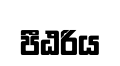
පීඨරිය